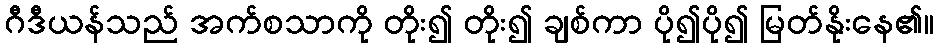
ဂီဒီယန်သည် အက်စသာကို တိုး၍ တိုး၍ ချစ်ကာ ပို၍ပို၍ မြတ်နိုးနေ၏။